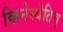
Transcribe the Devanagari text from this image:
किनेस्थेतिच्